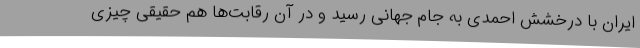
ایران با درخشش احمدی به جام جهانی رسید و در آن رقابت‌ها هم حقیقی چیزی